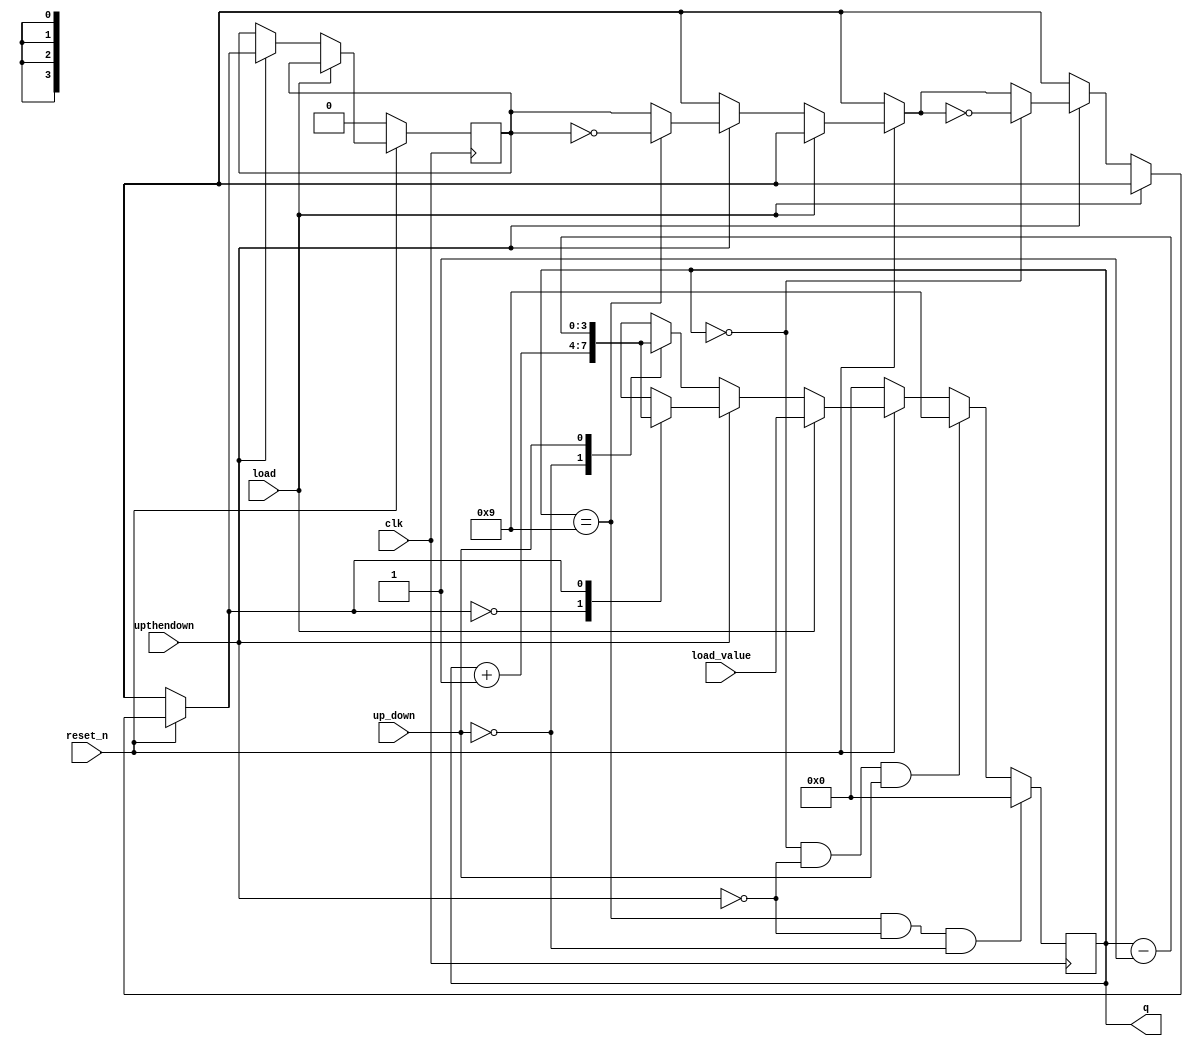
`timescale 1ns / 1ns

module mod10behavioural(
  input wire clk,
  input wire reset_n,
  input wire [3:0] load_value,
  input wire load,
  input wire up_down,
  input wire upthendown,
  output reg [3:0] q
);

  reg direction=1'b0; 
  
  always @(posedge clk) begin
    if (!reset_n)
      begin
        q <= 4'b0000; 
        direction = 1'b0; 
      end
    else if (load)
      begin
        q <= load_value; 
      end
    else if (upthendown) begin
      if (q == 4'b1001) direction = ~direction; 
      if (q == 4'b0000) direction = ~direction; 
      case (direction)
        1'b0: q <= q + 1'b1;
        1'b1: q <= q - 1'b1; endcase
    end
    else begin
      case (up_down)
        1'b0: q <= q + 1'b1; 
        1'b1: q <= q - 1'b1; 
      endcase
    end

    if (q == 4'b1001 && upthendown == 0 && up_down == 0)
      begin
        q <= 4'b0000; 
      end
    else if(q == 4'b0000 && upthendown == 0 && up_down == 1)
      begin
        q <= 4'b1001; 
      end
  end
endmodule